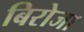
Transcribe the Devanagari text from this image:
बिरोजा